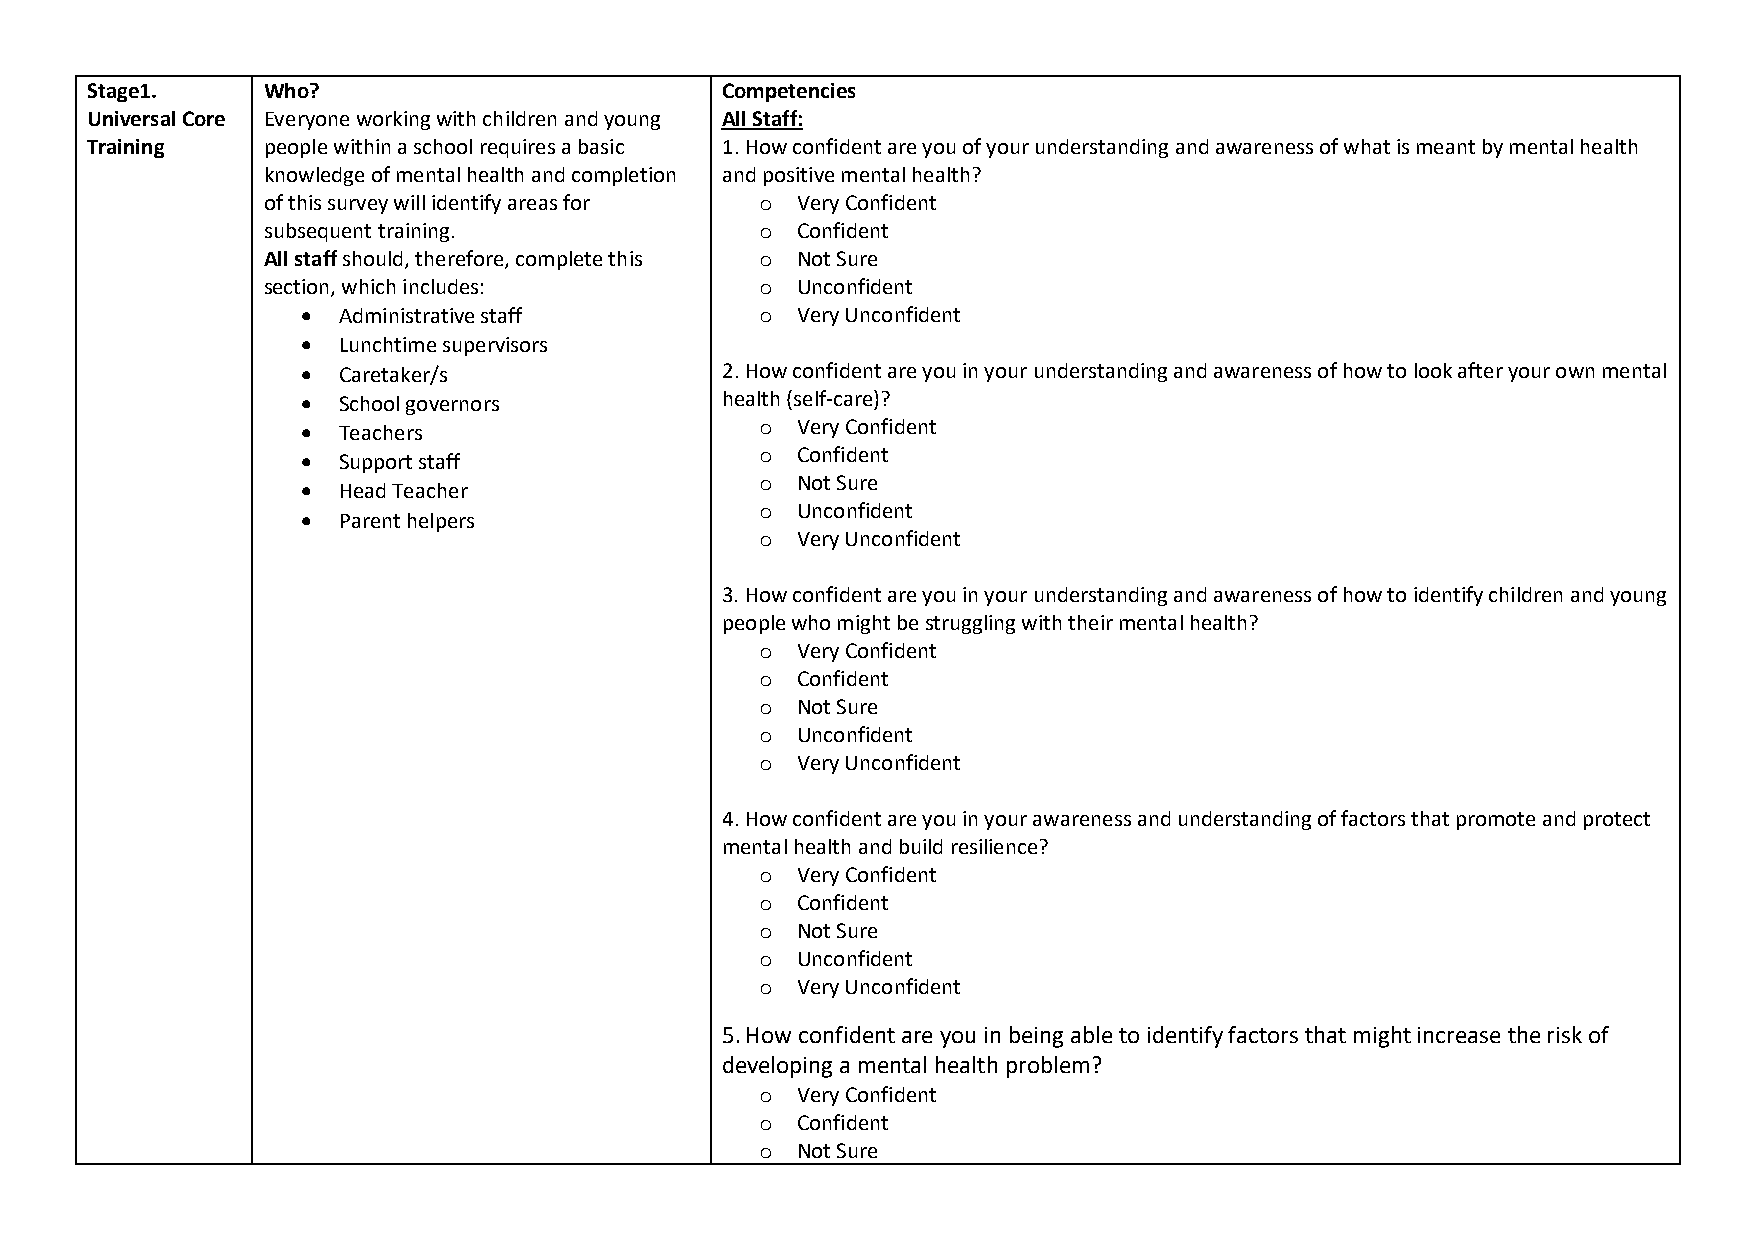
Stage1.    Who?                           Competencies
 Universal Core Everyone working with children and young All Staff:
 Training   people within a school requires a basic 1. How confident are you of your understanding and awareness of what is meant by mental health
 knowledge of mental health and completion and positive mental health?
 of this survey will identify areas for o Very Confident
 subsequent training.             o  Confident
 All staff should, therefore, complete this o Not Sure
 section, which includes:         o  Unconfident
 • Administrative staff        o  Very Unconfident
 • Lunchtime supervisors
 • Caretaker/s               2. How confident are you in your understanding and awareness of how to look after your own mental
 • School governors          health (self-care)?
 • Teachers                    o  Very Confident
 o  Confident
 • Support staff
 o  Not Sure
 • Head Teacher
 o  Unconfident
 • Parent helpers
 o  Very Unconfident
 3. How confident are you in your understanding and awareness of how to identify children and young
 people who might be struggling with their mental health?
 o  Very Confident
 o  Confident
 o  Not Sure
 o  Unconfident
 o  Very Unconfident
 4. How confident are you in your awareness and understanding of factors that promote and protect
 mental health and build resilience?
 o  Very Confident
 o  Confident
 o  Not Sure
 o  Unconfident
 o  Very Unconfident
 5. How confident are you in being able to identify factors that might increase the risk of
 developing a mental health problem?
 o  Very Confident
 o  Confident
 o  Not Sure